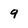
Character: 9